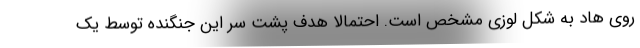
روی هاد به شکل لوزی مشخص است. احتمالا هدف پشت سر این جنگنده توسط یک